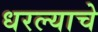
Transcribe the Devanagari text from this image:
धरल्याचे